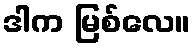
ဒါက မြစ်လေ။